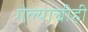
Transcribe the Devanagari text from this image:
गेल्याचीही